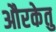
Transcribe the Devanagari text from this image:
औरकेतु